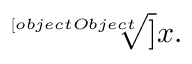
{ \sqrt [ [object Object] ] { x } } .